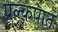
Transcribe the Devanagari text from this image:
प्रल्कपात